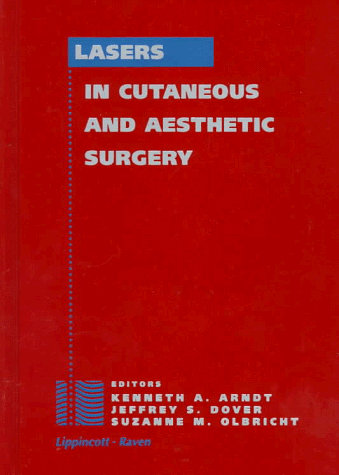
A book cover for Laser in Cutaneous and Aesthetic Surgery; Suzanne Olbricht; Medical Books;